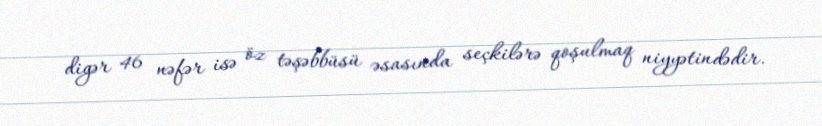
digər 46 nəfər isə öz təşəbbüsü əsasında seçkilərə qoşulmaq niyyətindədir.